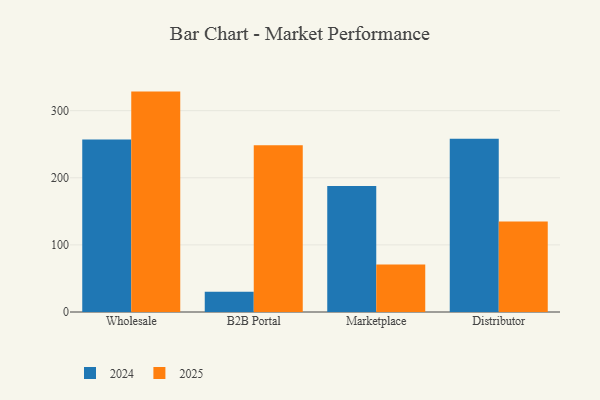
{"axis": {"x": "Channel", "y": "Gross Profit (USD K)"}, "legend": ["2024", "2025"], "data": [{"x": "Wholesale", "y": 256.9, "type": "2024"}, {"x": "Wholesale", "y": 328.4, "type": "2025"}, {"x": "B2B Portal", "y": 30.3, "type": "2024"}, {"x": "B2B Portal", "y": 248.5, "type": "2025"}, {"x": "Marketplace", "y": 187.7, "type": "2024"}, {"x": "Marketplace", "y": 70.7, "type": "2025"}, {"x": "Distributor", "y": 258.1, "type": "2024"}, {"x": "Distributor", "y": 134.8, "type": "2025"}]}